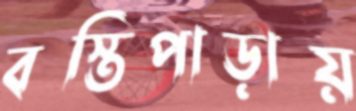
বস্তিপাড়ায়